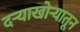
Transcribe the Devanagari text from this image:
दऱ्याखोऱ्यातून